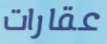
عقارات